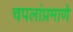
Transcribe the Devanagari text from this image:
चपलांप्रमाणे